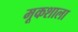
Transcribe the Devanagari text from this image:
मूकशाला